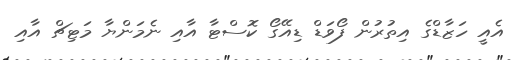
އެއީ ހަޒާޑްގެ އިތުރުން ފޯވަޑް ޑިއޭގޯ ކޮސްޓާ އާއި ނެމަންޔާ މަޓިޗް އާއި